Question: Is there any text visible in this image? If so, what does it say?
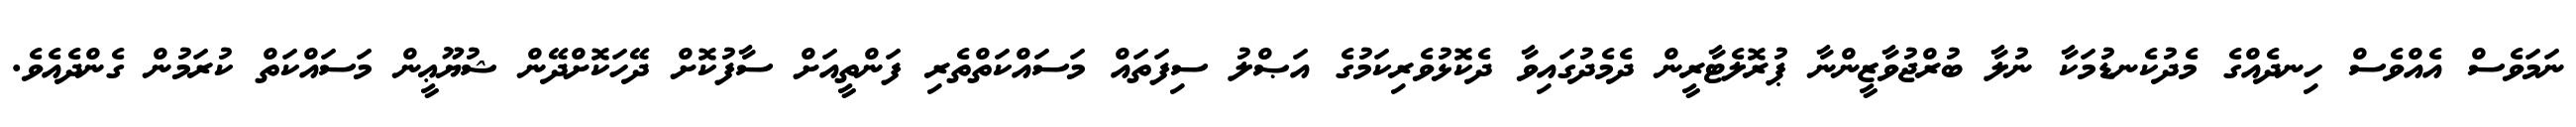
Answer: ނަމަވެސް އެއްވެސް ހިނދެއްގެ މެދުކެނޑުމަކާ ނުލާ ބުރްޖުވާޒީންނާ ޕުރޮލެޓާރީން ދެމެދުގައިވާ ދެކޮޅުވެރިކަމުގެ އަޞްލު ސިފަތައް މަސައްކަތްތެރި ފަންތީއަށް ސާފުކޮށް ދޭހަކޮށްދޭން ޝުޔޫޢީން މަސައްކަތް ކުރަމުން ގެންދެއެވެ.